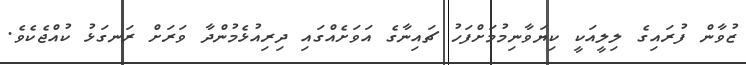
ޒުވާން ފުރައިގެ ލިލީއަކީ ކިޔަވާނިމުމަށްފަހު ޗައިނާގެ އަވަށެއްގައި ދިރިއުޅެމުންދާ ވަރަށް ރަނގަޅު ކުއްޖެކެވެ.